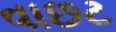
વાછટ